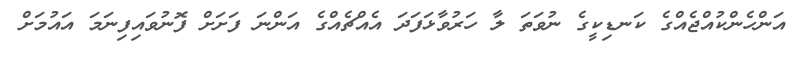
އަންހެންކުއްޖެއްގެ ކަނޑިކީގެ ނުވަތަ ލާ ހަރުވާޅަފަދަ އެއްޗެއްގެ އަންނަ ފަށަށް ފޮނުވައިފިނަމަ އައުމަށް